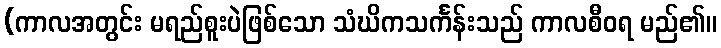
(ကာလအတွင်း မရည်စူးပဲဖြစ်သော သံဃိကသင်္ကန်းသည် ကာလစီဝရ မည်၏။